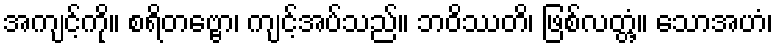
အကျင့်ကို။ စရိတဗ္ဗော၊ ကျင့်အပ်သည်။ ဘဝိဿတိ၊ ဖြစ်လတ္တံ့။ သောအဟံ၊